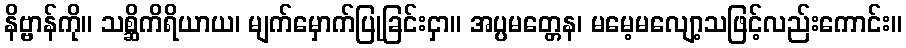
နိဗ္ဗာန်ကို။ သစ္ဆိကိရိယာယ၊ မျက်မှောက်ပြုခြင်းငှာ။ အပ္ပမတ္တေန၊ မမေ့မလျော့သဖြင့်လည်းကောင်း။